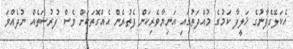
އެކަލޭގެފާނުގެ ޚަލީފާ ކަމުގެ މުއްދަތުގައި އަނިޔާވެރިކަން ފެތުރެން އެއްގޮތަކަށް ވެސް ފުރުސަތެއް ނުދެއްވަ